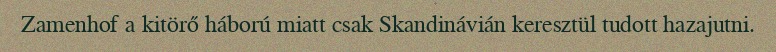
Zamenhof a kitörő háború miatt csak Skandinávián keresztül tudott hazajutni.